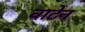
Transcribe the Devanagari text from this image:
वाटेन